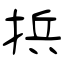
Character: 捠